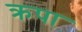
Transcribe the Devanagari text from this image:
क्रपा